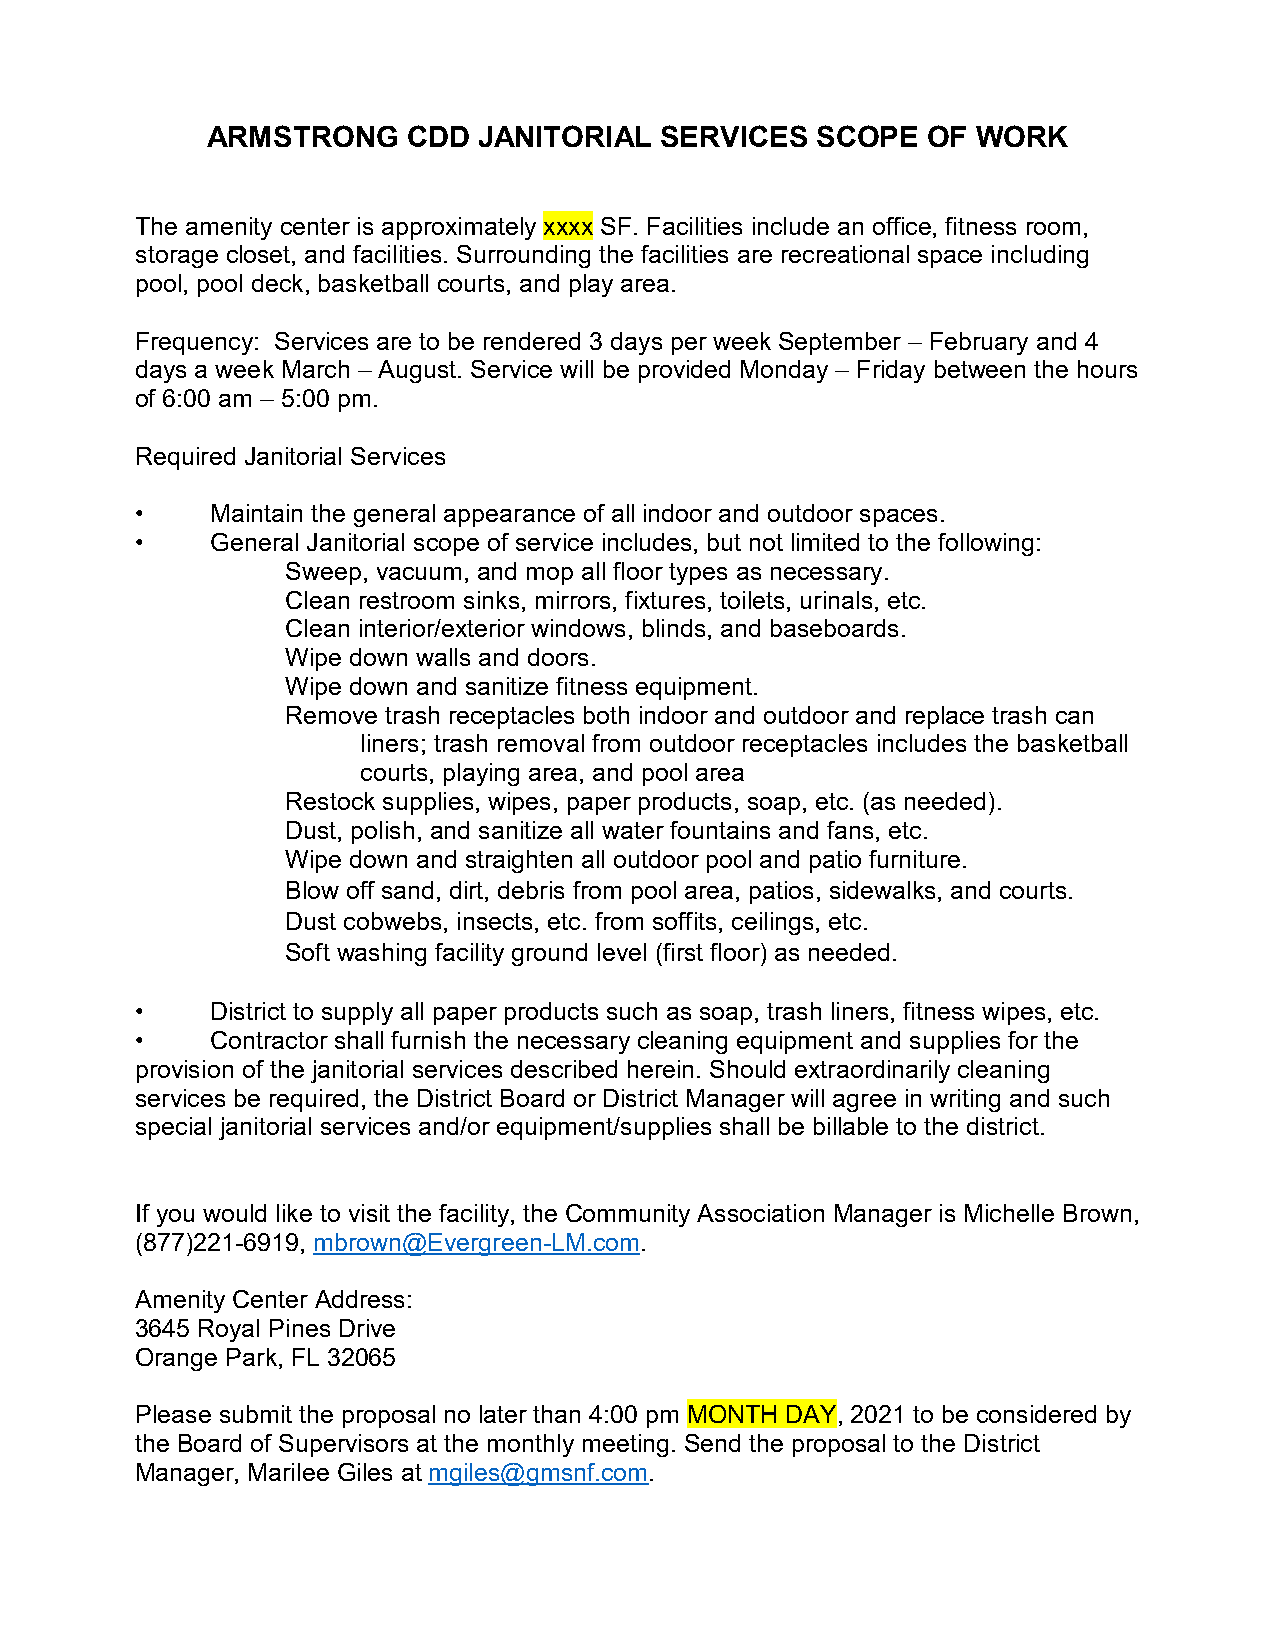
ARMSTRONG    CDD  JANITORIAL  SERVICES  SCOPE  OF  WORK
 1111
 The amenity center is approximately xxxx SF. Facilities include an office, fitness room,
 storage closet, and facilities. Surrounding the facilities are recreational space including
 pool, pool deck, basketball courts, and play area.
 Frequency: Services are to be rendered 3 days per week September – February and 4
 days a week March – August. Service will be provided Monday – Friday between the hours
 of 6:00 am – 5:00 pm.
 Required Janitorial Services
 •    Maintain the general appearance of all indoor and outdoor spaces.
 •    General Janitorial scope of service includes, but not limited to the following:
 Sweep, vacuum, and mop all floor types as necessary.
 Clean restroom sinks, mirrors, fixtures, toilets, urinals, etc.
 Clean interior/exterior windows, blinds, and baseboards.
 Wipe down walls and doors.
 Wipe down and sanitize fitness equipment.
 Remove trash receptacles both indoor and outdoor and replace trash can
 liners; trash removal from outdoor receptacles includes the basketball
 courts, playing area, and pool area
 Restock supplies, wipes, paper products, soap, etc. (as needed).
 Dust, polish, and sanitize all water fountains and fans, etc.
 Wipe down and straighten all outdoor pool and patio furniture.
 Blow off sand, dirt, debris from pool area, patios, sidewalks, and courts.
 Dust cobwebs, insects, etc. from soffits, ceilings, etc.
 Soft washing facility ground level (first floor) as needed.
 •    District to supply all paper products such as soap, trash liners, fitness wipes, etc.
 •    Contractor shall furnish the necessary cleaning equipment and supplies for the
 provision of the janitorial services described herein. Should extraordinarily cleaning
 services be required, the District Board or District Manager will agree in writing and such
 special janitorial services and/or equipment/supplies shall be billable to the district.
 If you would like to visit the facility, the Community Association Manager is Michelle Brown,
 (877)221-6919, mbrown@Evergreen-LM.com.
 Amenity Center Address:
 3645 Royal Pines Drive
 Orange Park, FL 32065
 Please submit the proposal no later than 4:00 pm MONTH DAY, 2021 to be considered by
 the Board of Supervisors at the monthly meeting. Send the proposal to the District
 Manager, Marilee Giles at mgiles@gmsnf.com.